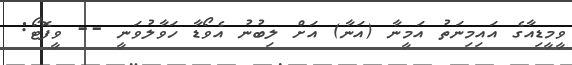
ވީމީޑިއާގެ އައިމިނަތު އަމީނާ (އަނާ) އަށް ލިބުނު އެވޯޑާ ހަވާލުވަނީ -- ވީފޮޓޯ: